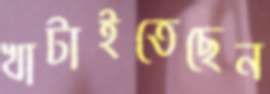
খাটাইতেছেন